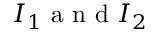
I _ { 1 } \mathrm { ~ a ~ n ~ d ~ } I _ { 2 }